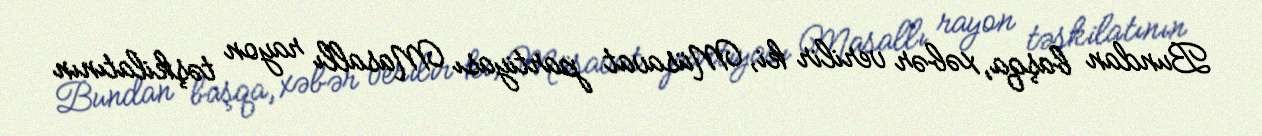
Bundan başqa, xəbər verilir ki, Müsavat partiyası Masallı rayon təşkilatının